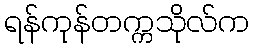
ရန်ကုန်တက္ကသိုလ်က